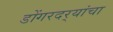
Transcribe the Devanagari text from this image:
डोंगरदर्‍यांचा